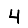
Digit: 4